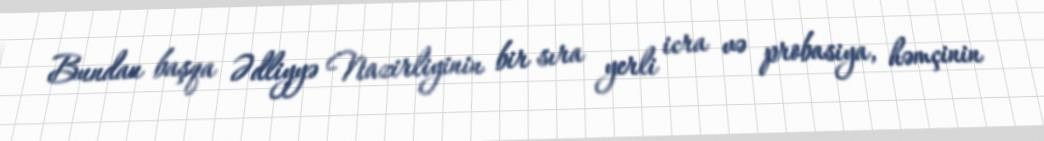
Bundan başqa Ədliyyə Nazirliyinin bir sıra yerli icra və probasiya, həmçinin